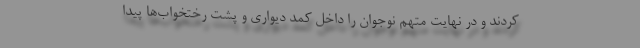
کردند و در نهایت متهم نوجوان را داخل کمد دیواری و پشت رختخواب‌ها پیدا